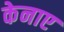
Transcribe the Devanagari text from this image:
केनाए